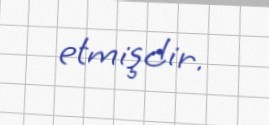
etmişdir.